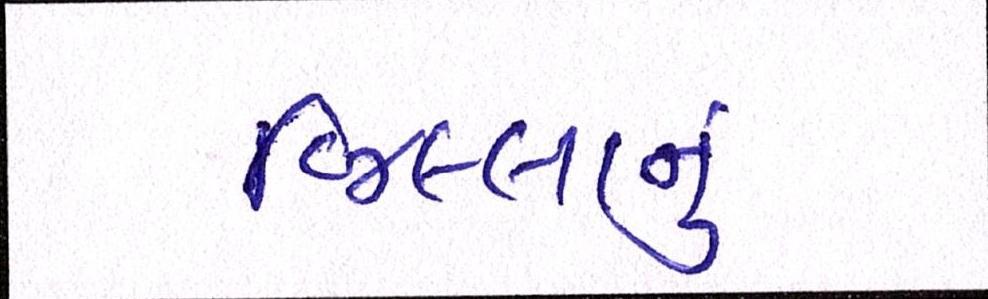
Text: જિલ્લાનું